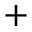
\boldsymbol { + }